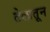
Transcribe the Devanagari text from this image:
तेलातून